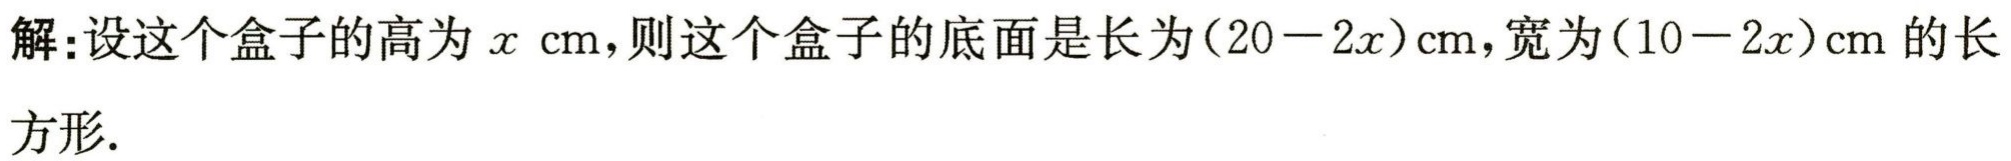
解：设这个盒子的高为\(x \text{ cm}\)，则这个盒子的底面是长为\((20 - 2x)\text{cm}\)，宽为\((10 - 2x)\text{cm}\)的长方形.